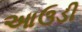
આઉડી